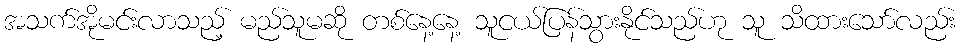
အသက်အိုမင်းလာသည့် မည်သူမဆို တစ်နေ့နေ့ သူငယ်ပြန်သွားနိုင်သည်ဟု သူ သိထားသော်လည်း